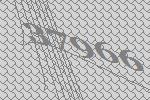
37966